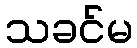
သခင်မ